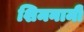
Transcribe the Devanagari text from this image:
शिमनामी